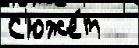
С'юже́т